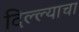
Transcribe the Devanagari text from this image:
दिल्ल्याचा